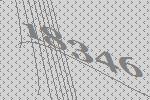
18346